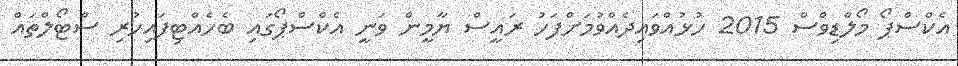
އެކްސްޕޯ މޯލްޑިވްސް 2015 ހުޅުއްވައިދެއްވުމަށްފަހު ރައީސް ޔާމީން ވަނީ އެކްސްޕޯގައި ބެހެއްޓިފައިހުރި ސްޓޯލްތައް